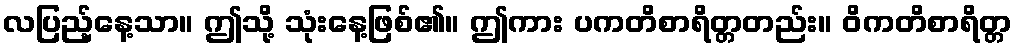
လပြည့်နေ့သာ။ ဤသို့ သုံးနေ့ဖြစ်၏။ ဤကား ပကတိစာရိတ္တတည်း။ ဝိကတိစာရိတ္တ